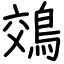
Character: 鵁